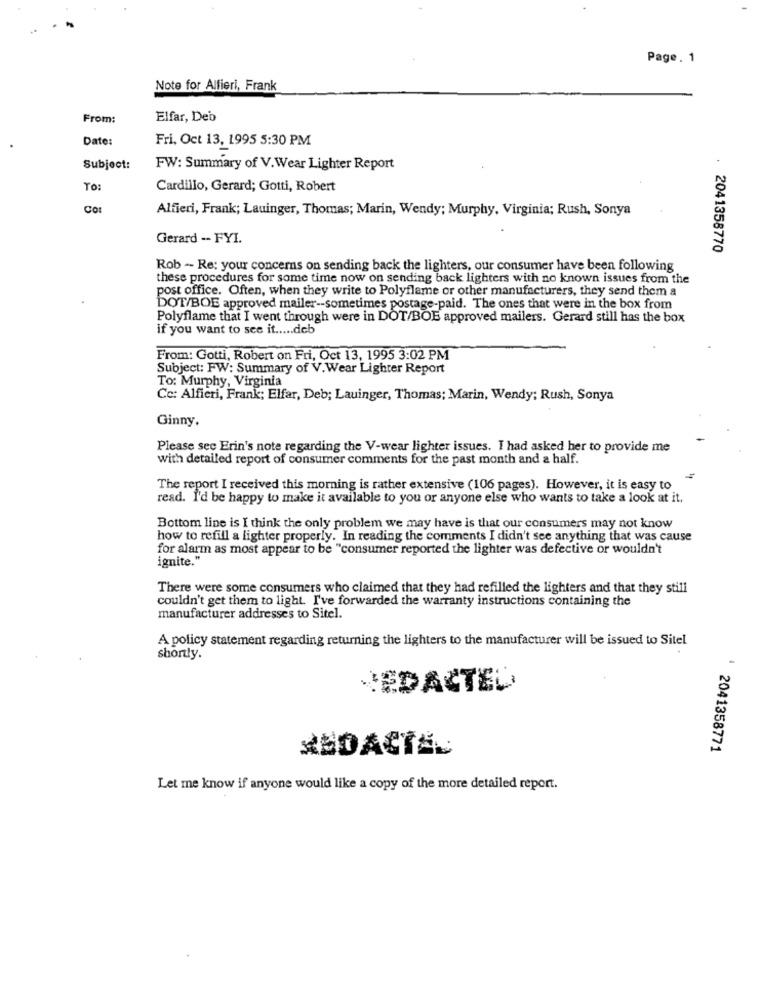
Page. 1
Note for Alfieri, Frank
From:
Elfar, Deb
Date:
Fri, Oct 13, 1995 5:30 PM
Subject:
FW: Summary of V.Wear Lighter Report
TO:
Cardillo, Gerard; Gotti, Robert
Cor
Alfieri, Frank; Lauinger, Thomas; Marin, Wendy; Murphy, Virginia; Rush, Sonya
Gerard -- FYI.
2041358770
Rob -- Re: your concerns on sending back the lighters, our consumer have been following
these procedures for some time now on sending back lighters with no known issues from the
post office. Often, when they write to Polyflame or other manufacturers, they send them a
DOT/BOE approved mailer -- sometimes postage-paid. The ones that were in the box from
Polyflame that I went through were in DOT/BOE approved mailers. Gerard still has the box
if you want to see it ..... deb
From: Gotti, Robert on Fri, Oct 13, 1995 3:02 PM
Subject: FW: Summary of V.Wear Lighter Report
To: Murphy, Virginia
Ce: Alfieri, Frank; Elfar, Deb; Lauinger, Thomas; Marin, Wendy; Rush, Sonya
Ginny.
Please sec Erin's note regarding the V-wear lighter issues. I had asked her to provide me
with detailed report of consumer comments for the past month and a half.
The report I received this morning is rather extensive (106 pages). However, it is easy to
read. I'd be happy to make it available to you or anyone else who wants to take a look at it.
Bottom line is I think the only problem we may have is that our consumers may not know
how to refill a lighter properly. In reading the comments I didn't see anything that was cause
for alarm as most appear to be "consumer reported the lighter was defective or wouldn't
ignite."
There were some consumers who claimed that they had refilled the lighters and that they still
couldn't get them to light. I've forwarded the warranty instructions containing the
manufacturer addresses to Sitel.
A policy statement regarding returning the lighters to the manufacturer will be issued to Sitel
shortly.
EDACTED
2041358771
Let me know if anyone would like a copy of the more detailed report.